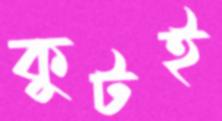
কুটই